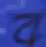
ব